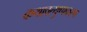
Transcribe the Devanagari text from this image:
कथावत्थुप्पकरण